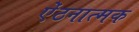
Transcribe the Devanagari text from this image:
ऐंठनात्मक